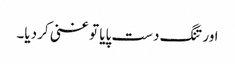
اور تنگ دست پایا تو غنی کر دیا۔